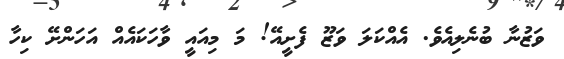
ވަޒުނާ ބުނެލިއެވެ. އެއްކަލަ ވަޒޫ ފެށީއޭ! މަ މިއައީ ވާހަކައެއް އަހަންށޭ ކިހާ